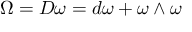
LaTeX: \Omega = D \omega = d \omega + \omega \wedge \omega